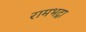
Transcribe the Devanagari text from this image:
रामभद्रा